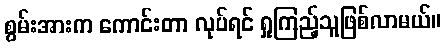
စွမ်းအားက ကောင်းတာ လုပ်ရင် ရှုကြည့်သူဖြစ်လာမယ်။